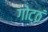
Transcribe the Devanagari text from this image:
गोट्ठं